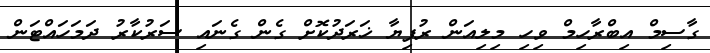
ގާސިމް އިބްރާހިމް ވިހި މިލިއަން ރުފިޔާ ޚަރަދުކޮށް ގެން ގެނައި ސަރުކާރު ދަމަހައްޓަން